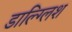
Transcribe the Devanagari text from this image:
डाल्ग्लिश